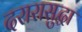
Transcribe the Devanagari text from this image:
दरारासुद्धा